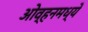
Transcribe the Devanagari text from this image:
ओव्हनमध्ये